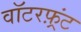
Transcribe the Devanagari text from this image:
वॉटरफ़्रंट